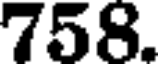
758.